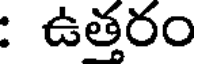
: ఉత్తరం